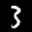
Label: 3